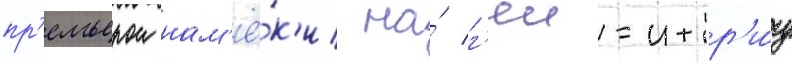
пр'емьерои нам'ё́к'и на́ г'еи-интр'и́гу